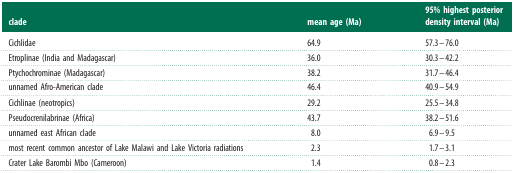
| clade | mean age (Ma) | 95% highest posterior density interval (Ma) |
 | --- | --- | --- |
 | Cichlidae | 64.9 | 57.3–76.0 |
 | Etroplinae (India and Madagascar) | 36.0 | 30.3–42.2 |
 | Ptychochrominae (Madagascar) | 38.2 | 31.7–46.4 |
 | unnamed Afro-American clade | 46.4 | 40.9–54.9 |
 | Cichlinae (neotropics) | 29.2 | 25.5–34.8 |
 | Pseudocrenilabrinae (Africa) | 43.7 | 38.2–51.6 |
 | unnamed east African clade | 8.0 | 6.9–9.5 |
 | most recent common ancestor of Lake Malawi and Lake Victoria radiations | 2.3 | 1.7–3.1 |
 | Crater Lake Barombi Mbo (Cameroon) | 1.4 | 0.8–2.3 |